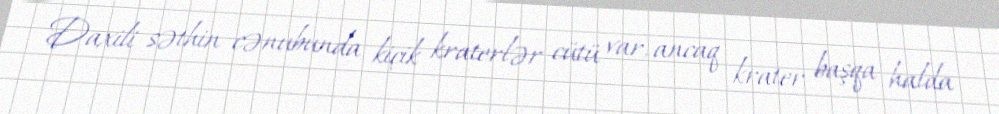
Daxili səthin cənubunda kiçik kraterlər cütü var, ancaq krater başqa halda